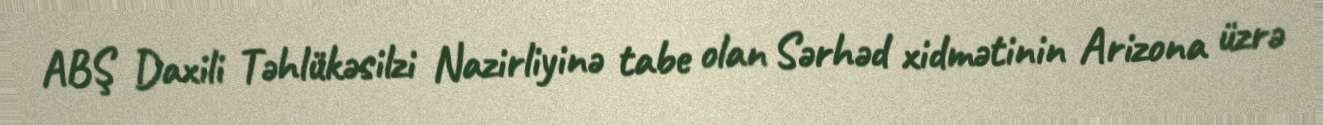
ABŞ Daxili Təhlükəsilzi Nazirliyinə tabe olan Sərhəd xidmətinin Arizona üzrə